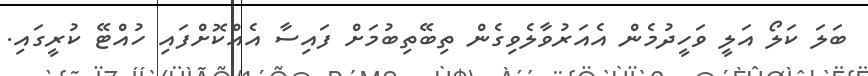
ބަލަ ކަލޯ އަލީ ވަހީދުމެން އެއަރުވާލެވިގެން ތިބޭތިބުމަށް ފައިސާ އެއްކޮށްފައި ހުއްޓޭ ކުރީގައި.